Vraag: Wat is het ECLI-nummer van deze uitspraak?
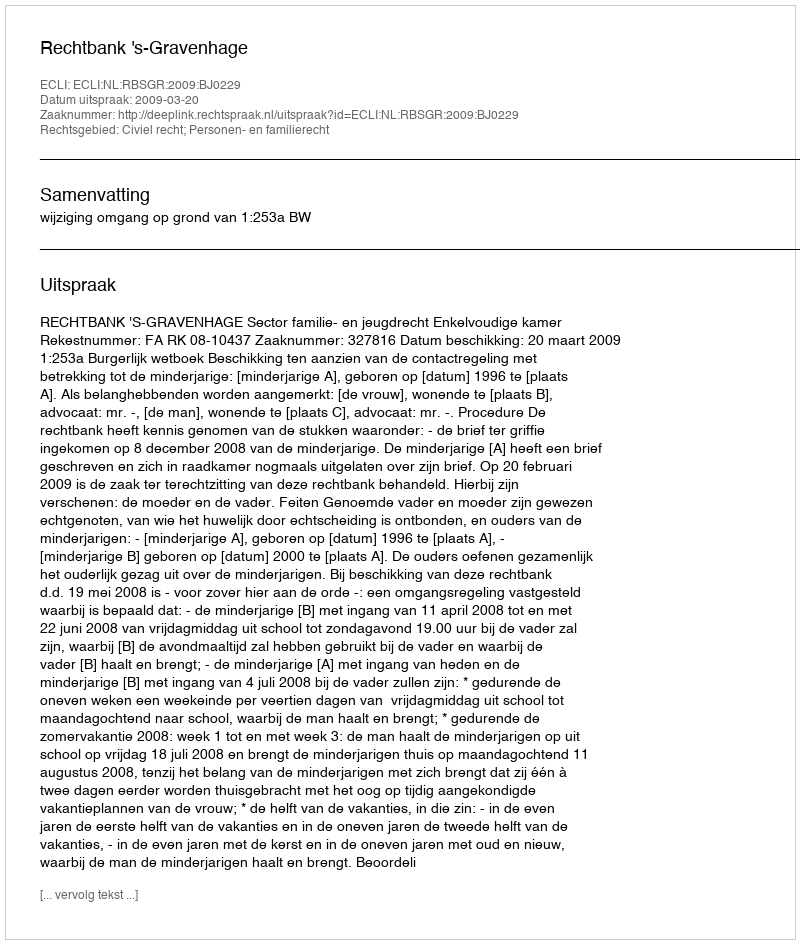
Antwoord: ECLI:NL:RBSGR:2009:BJ0229